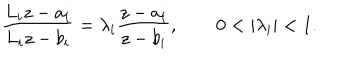
LaTeX: { \frac { L _ { i } z - a _ { i } } { L _ { i } z - b _ { i } } } = \lambda _ { i } { \frac { z - a _ { i } } { z - b _ { i } } } , \qquad 0 < | \lambda _ { i } | < 1 .